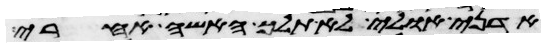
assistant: אדני אולי לא תלך האשה אחרי